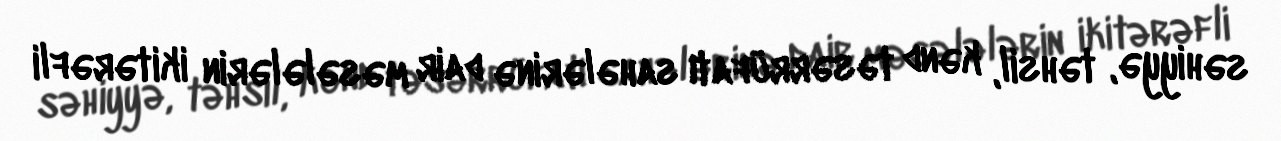
səhiyyə, təhsil, kənd təsərrüfatı sahələrinə dair məsələlərin ikitərəfli